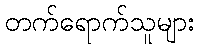
တက်ရောက်သူများ